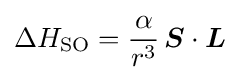
\Delta H_{\text{SO}}={\frac {\alpha }{r^{3}}}\,{\boldsymbol {S}}\cdot {\boldsymbol {L}}